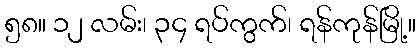
၅၈။ ၁၂ လမ်း၊ ၃၄ ရပ်ကွက်၊ ရန်ကုန်မြို့။